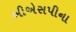
બીએસપીના